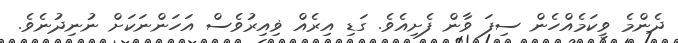
ދެންމެ ވީކަމެއްހެން ސިފަ ވާން ފެށިއެވެ. ގަޑި އިރެއް ޥިއިރުވެސް އަހަންނަކަށް ނުނިދުނެވެ.